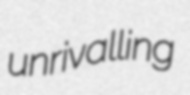
unrivalling